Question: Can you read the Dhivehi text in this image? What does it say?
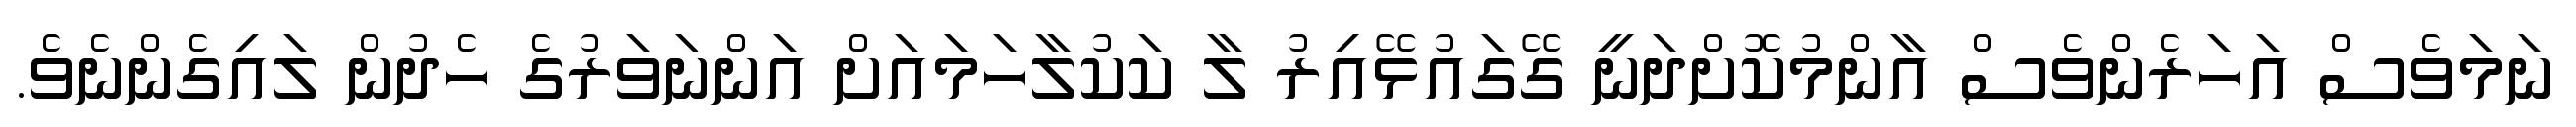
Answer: ނަމަވެސް އަހަރެންވެސް އާންމުކޮށްދަނީ ގޭގައުޅޭއިރު ލާ ކަކުލާހަމައަށް އަންނަވަރުގެ ހެދުން ލައިގެންނެވެ.